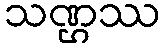
သဏ္ဌဿ